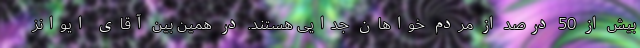
بیش از 50 درصد از مردم خواهان جدایی هستند. در همین بین آقای ایوانز